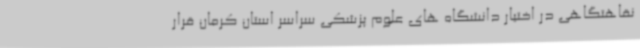
نقاهتگاهی در اختیار دانشگاه های علوم پزشکی سراسر استان کرمان قرار